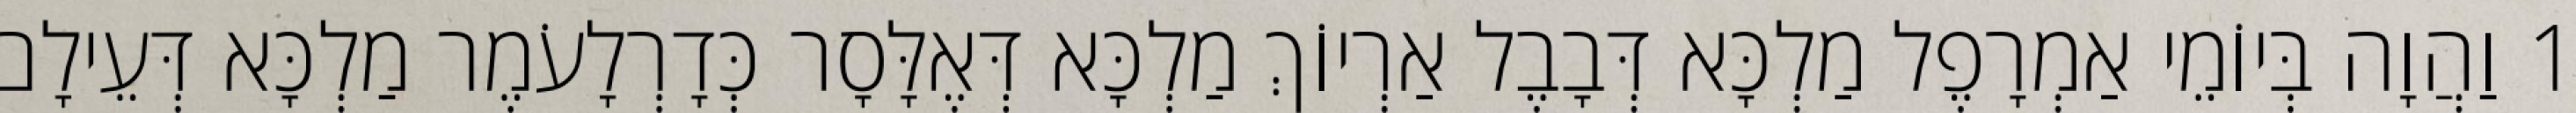
1 וַהֲוָה בְּיוֹמֵי אַמְרָפֶל מַלְכָּא דְּבָבֶל אַרְיוֹךְ מַלְכָּא דְּאֶלָּסָר כְּדָרְלָעֹמֶר מַלְכָּא דְּעֵילָם